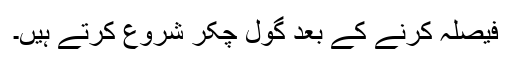
فیصلہ کرنے کے بعد گول چکر شروع کرتے ہیں۔